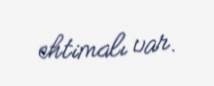
ehtimalı var.